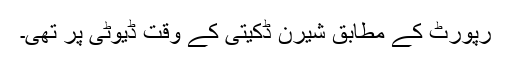
رپورٹ کے مطابق شیرن ڈکیتی کے وقت ڈیوٹی پر تھی۔